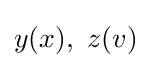
y(x),~z(v)